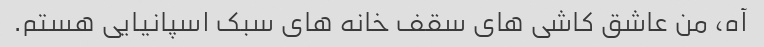
آه، من عاشق کاشی های سقف خانه های سبک اسپانیایی هستم.